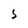
Character: s